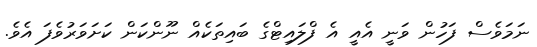
ނަމަވެސް ފަހުން ވަނީ އެއީ އެ ފްލައިޓްގެ ބައިތަކެއް ނޫންކަން ކަށަވަރުވެފަ އެވެ.